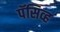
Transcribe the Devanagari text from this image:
पॅसिव्ह